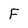
Character: F